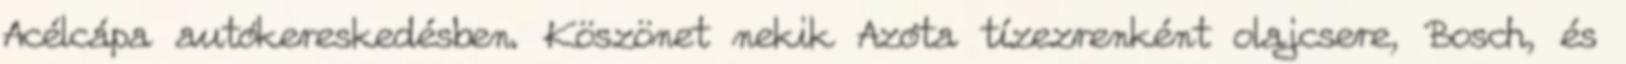
Acélcápa autókereskedésben. Köszönet nekik Azóta tízezrenként olajcsere, Bosch, és